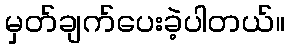
မှတ်ချက်ပေးခဲ့ပါတယ်။